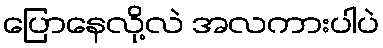
ပြောနေလို့လဲ အလကားပါပဲ